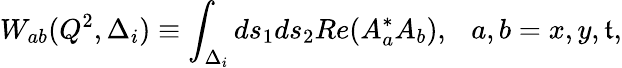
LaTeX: W_{ab}(Q^{2},\Delta_{i})\equiv\int_{\Delta_{i}}ds_{1}ds_{2}Re(A_{a}^{*}A_{b}),~~~a,b=x,y,\mathfrak{t},